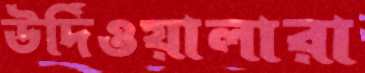
উর্দিওয়ালারা